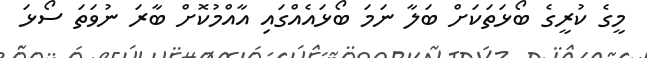
މީގެ ކުރީގެ ބޯޅަތަކަށް ބަލާ ނަމަ ބޯޅައެއްގައި އާއްމުކޮށް ބާރަ ނުވަތަ ސޯޅަ